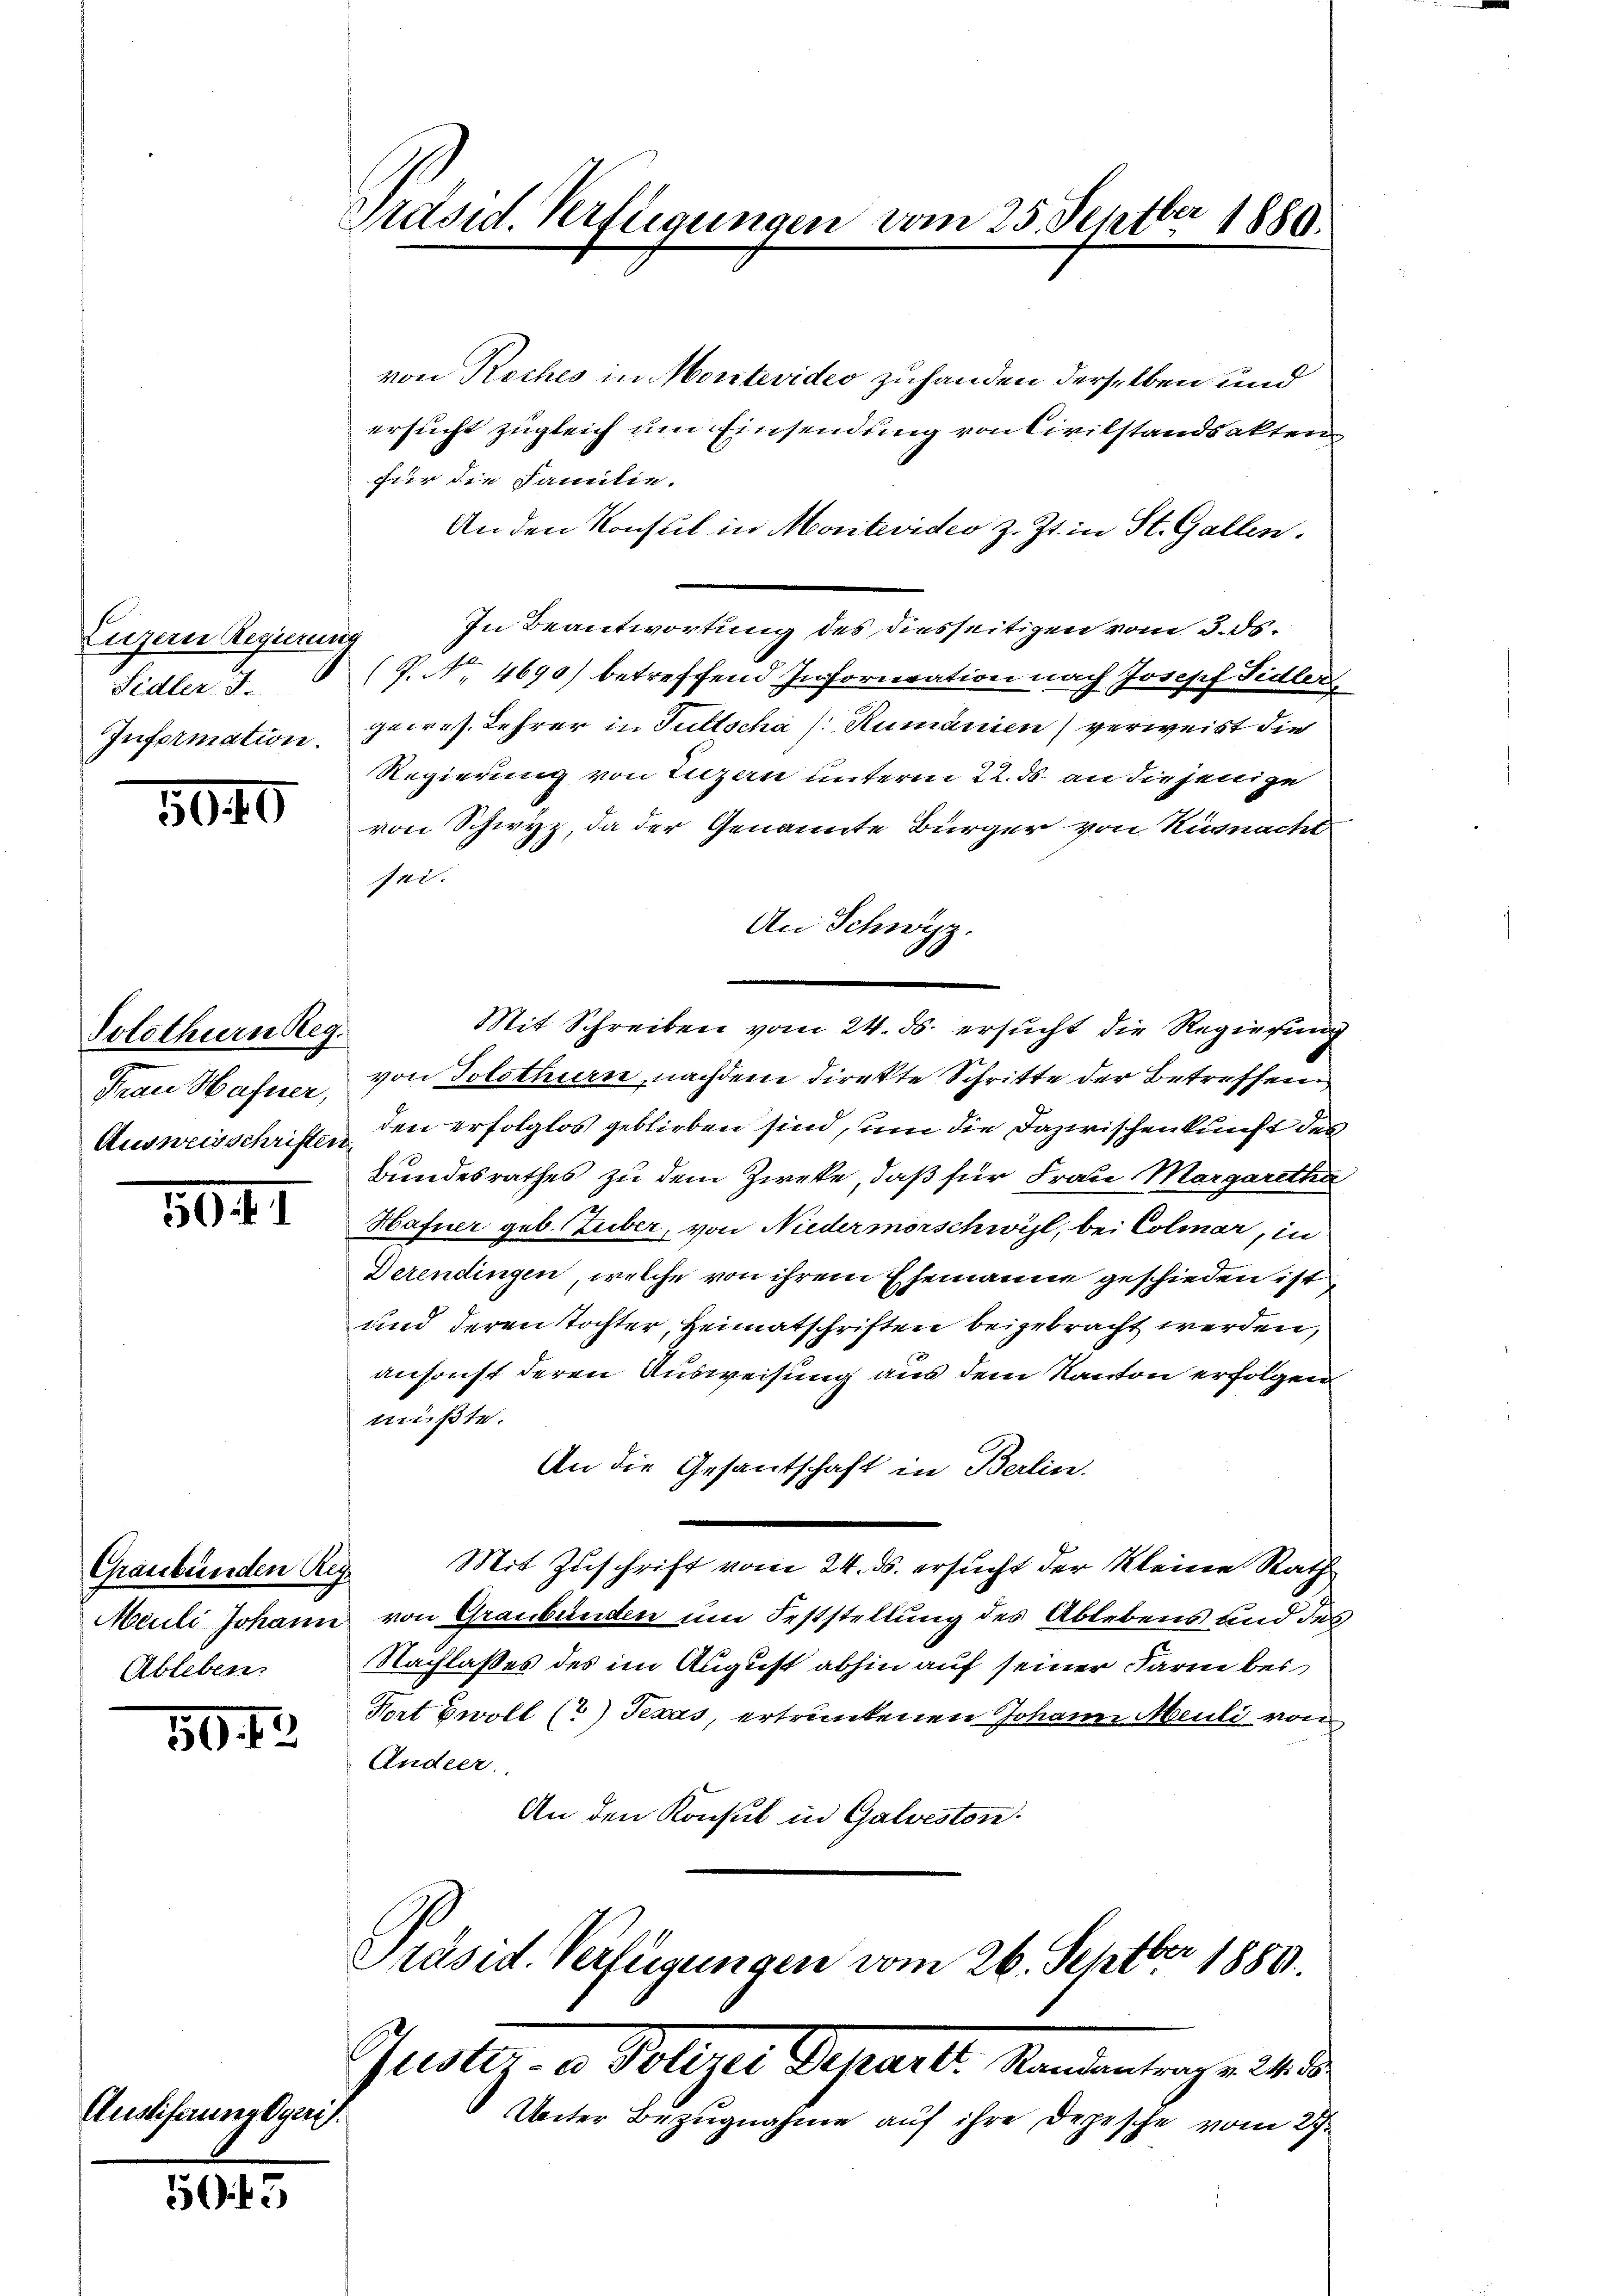
Luzern Regierung
Sidler F.
Information.

5040

Solothurn Reg.
Ausweisschriften

5041

Graubünden Reg
Ableben.

504

Auslieferungsgeris

e

von Roches in Montevideo zuhanden derselben und
ersucht zugleich um Einsendung von Civilstandsakten
für die Familie.
An den Konsul in Montevideo z. Zt. in St. Gallen.
In Beantwortung des Diesseitigen vom 3. ds.
(P. Nr. 4690) betreffend Infornation nach Josepf Tidler
gewes. Lehrer in Fultscha (Rumänien) verweist die
Regierung von Luzern unterm 22. ds. an diejenige
von Schwyz, da der Genannte Bürger von Küsnacht
sei.
An Schwyz.
Mit Schreiben vom 24. ds. ersucht die Regierung
Frau Hafner, von Solothurn, nachdem direkte Schritte der Betreffend
den erfolglos geblieben sind, um die Dazwischenkunft des
Bundesrathes zu dem Zweke, daß für Frau Margaretha
Hafner geb. Zuber, von Niedermorschwil, bei Colmar, in
Derendingen, welche von ihrem Ehemanne geschieden ist
und deren Tochter, Heimatschriften beigebracht werden,
ansonst deren Ausweisung aus dem Kanton erfolgen
müßte.
An die Gesantschaft in Berlin.
Mit Zuschrift vom 24. ds. ersucht der kleine Rath
Meuli Johann von Graubünden um Feststellung des Ablebens und des
Nachlaßes des im August abhin auf seiner Paren bei
Hort woll (?) Texas, ertrunkenen Johann Meuli von
Andeer.
An den Konsul in Galveston.
Präsid. Verfügungen vom 26. Septbr 1889.
Guster- u Polizes Separte Kammen ange in d
Unter Bezugnahme auf ihre Depesche vom 27.

Präsid. Verfügungen vom 25. Septber 1889.